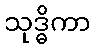
သုဒ္ဓိကာ